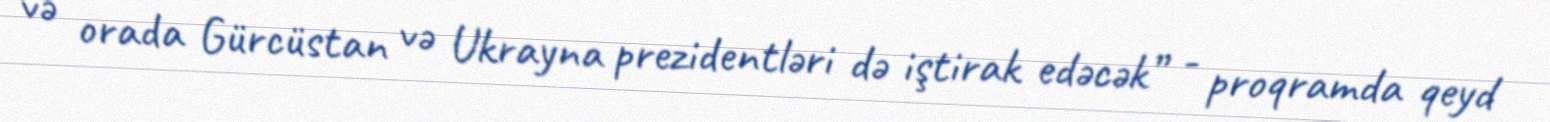
və orada Gürcüstan və Ukrayna prezidentləri də iştirak edəcək” - proqramda qeyd